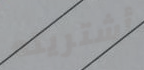
أشتريته